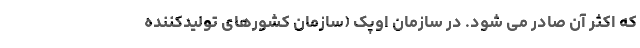
که اکثر آن صادر می شود. در سازمان اوپک (سازمان کشورهای تولیدکننده